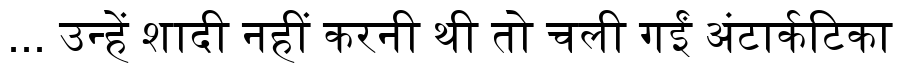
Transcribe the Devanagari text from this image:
... उन्हें शादी नहीं करनी थी तो चली गईं अंटार्कटिका